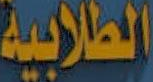
الطلابية